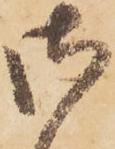
御